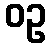
ဝဥ